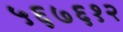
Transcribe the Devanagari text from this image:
५६७६१२